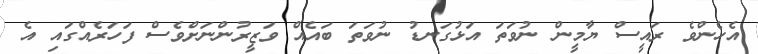
އެހެންވެ ރައީސް ޔާމީން ނުވަތަ އަޅުގަނޑު ނުވަތަ ބައެއް ވަޒީރުންނަށްވެސް ފަހަރެއްގައި އެ